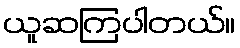
ယူဆကြပါတယ်။